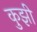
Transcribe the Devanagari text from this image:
कुझी